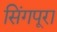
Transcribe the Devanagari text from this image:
सिंगपूरा